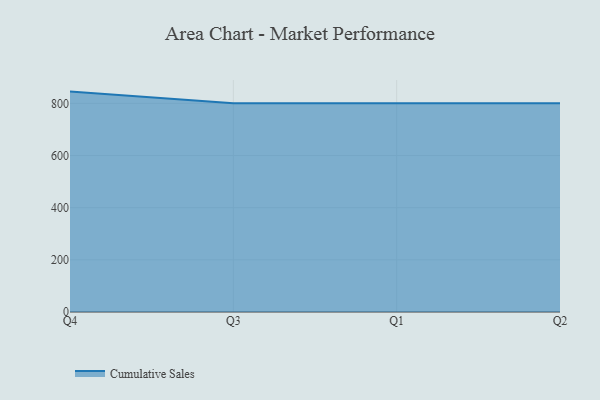
{"axis": {"x": "Quarter", "y": "LTV (USD)"}, "legend": ["Cumulative Sales"], "data": [{"x": "Q4", "y": 845.1, "type": "Cumulative Sales"}, {"x": "Q3", "y": 800, "type": "Cumulative Sales"}, {"x": "Q1", "y": 800, "type": "Cumulative Sales"}, {"x": "Q2", "y": 800, "type": "Cumulative Sales"}]}